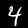
Label: 4